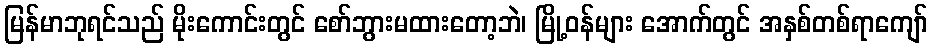
မြန်မာဘုရင်သည် မိုးကောင်းတွင် စော်ဘွားမထားတော့ဘဲ၊ မြို့ဝန်များ အောက်တွင် အနှစ်တစ်ရာကျော်